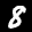
Digit: 8